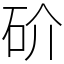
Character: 砎